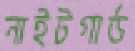
নাইটগার্ড